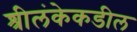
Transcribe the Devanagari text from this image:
श्रीलंकेकडील